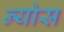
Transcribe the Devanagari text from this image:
न्योस